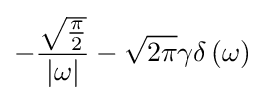
-{\frac {\sqrt {\frac {\pi }{2}}}{\left|\omega \right|}}-{\sqrt {2\pi }}\gamma \delta \left(\omega \right)